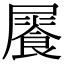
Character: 𩛻